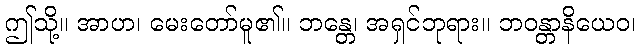
ဤသို့။ အာဟ၊ မေးတော်မူ၏။ ဘန္တေ၊ အရှင်ဘုရား။ ဘဝန္တာနိယေဝ၊